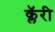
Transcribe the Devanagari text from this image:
क्लॅरी